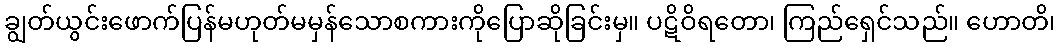
ချွတ်ယွင်းဖောက်ပြန်မဟုတ်မမှန်သောစကားကိုပြောဆိုခြင်းမှ။ ပဋိဝိရတော၊ ကြည်ရှေင်သည်။ ဟောတိ၊